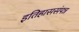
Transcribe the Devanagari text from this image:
इतिहाससंपन्न